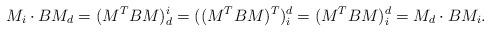
LaTeX: \begin{align*}M_i \cdot B M_d&= (M^T B M)^i_d= ((M^T B M)^T)^d_i= (M^T B M)^d_i= M_d \cdot B M_i.\end{align*}